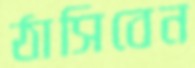
ঠাসিবেন